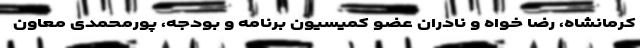
کرمانشاه، رضا خواه و نادران عضو کمیسیون برنامه و بودجه، پورمحمدی معاون